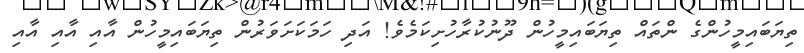
ތިޔަބައިމީހުންގެ ންތައް ތިޔަބައިމީހުން ދޫނުކުރާހުށިކަމެވެ! އަދި ހަމަކަށަވަރުން ތިޔަބައިމީހުން އާއި އާއި އާއި